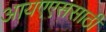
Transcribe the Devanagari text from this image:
आयएएससाठी